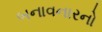
બનાવનારનો